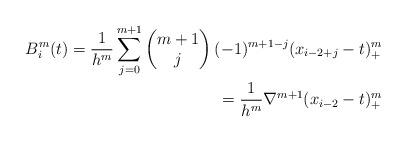
LaTeX: \begin{align*}B^{m}_{i}(t) = \dfrac{1}{h^{m}}\sum^{m+1}_{j=0} \begin{pmatrix} m+1 \\ j \\ \end{pmatrix} (-1)^{m+1-j}(x_{i-2+j}-t)^{m}_{+} \\ =\dfrac{1}{h^{m}}\nabla^{m+1}(x_{i-2}-t)^{m}_{+} \end{align*}